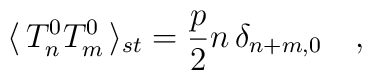
\langle\,T^0_n T^0_m\,\rangle_{st}  =\frac{p}{2}n\,\delta_{n+m,0}  \quad,